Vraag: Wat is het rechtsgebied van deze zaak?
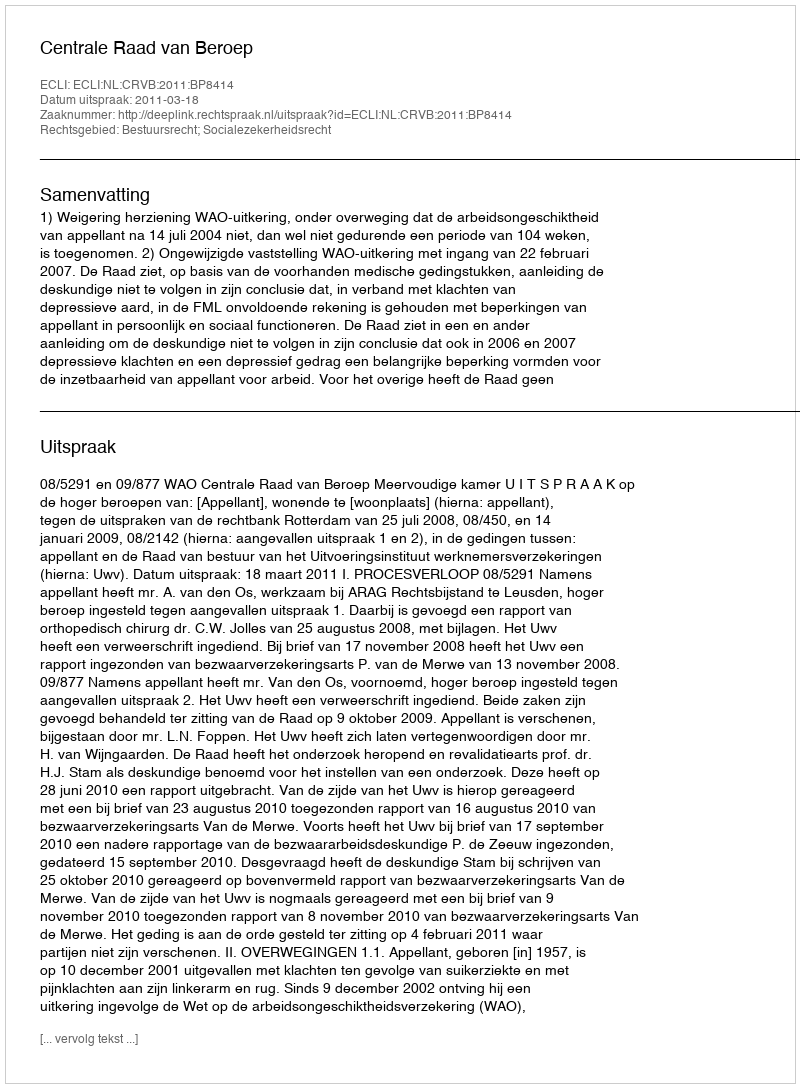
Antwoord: Bestuursrecht; Socialezekerheidsrecht